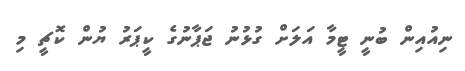
ނިއުއިން ބުނީ ޓީމާ އަލަށް ގުޅުނު ޖަޕާނުގެ ކީޕަރު ޔުން ކޮޗީ މި